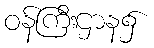
ဝန်ကြီးဌာန၌